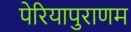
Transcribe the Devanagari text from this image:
पेरियापुराणम